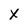
Character: X